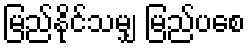
မြည်နိုင်သမျှ မြည်ပစေ